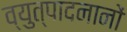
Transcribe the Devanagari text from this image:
व्युत्पादनानों